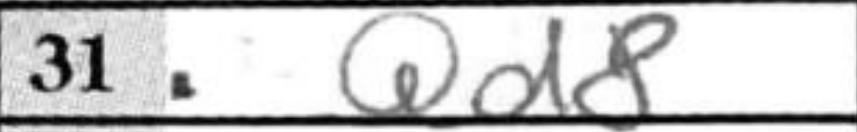
Transcription: Qd8